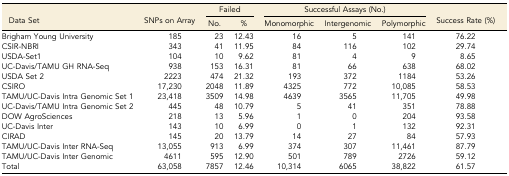
<table><thead><tr><td rowspan="2"><b>Data Set</b></td><td rowspan="2"><b>SNPs on Array</b></td><td colspan="2"><b>Failed</b></td><td colspan="3"><b>Successful Assays (No.)</b></td><td rowspan="2"><b>Success Rate (%)</b></td></tr><tr><td><b>No.</b></td><td><b>%</b></td><td><b>Monomorphic</b></td><td><b>Intergenomic</b></td><td><b>Polymorphic</b></td></tr></thead><tbody><tr><td>Brigham Young University</td><td>185</td><td>23</td><td>12.43</td><td>16</td><td>5</td><td>141</td><td>76.22</td></tr><tr><td>CSIR-NBRI</td><td>343</td><td>41</td><td>11.95</td><td>84</td><td>116</td><td>102</td><td>29.74</td></tr><tr><td>USDA-Set1</td><td>104</td><td>10</td><td>9.62</td><td>81</td><td>4</td><td>9</td><td>8.65</td></tr><tr><td>UC-Davis/TAMU GH RNA-Seq</td><td>938</td><td>153</td><td>16.31</td><td>81</td><td>66</td><td>638</td><td>68.02</td></tr><tr><td>USDA Set 2</td><td>2223</td><td>474</td><td>21.32</td><td>193</td><td>372</td><td>1184</td><td>53.26</td></tr><tr><td>CSIRO</td><td>17,230</td><td>2048</td><td>11.89</td><td>4325</td><td>772</td><td>10,085</td><td>58.53</td></tr><tr><td>TAMU/UC-Davis Intra Genomic Set 1</td><td>23,418</td><td>3509</td><td>14.98</td><td>4639</td><td>3565</td><td>11,705</td><td>49.98</td></tr><tr><td>UC-Davis/TAMU Intra Genomic Set 2</td><td>445</td><td>48</td><td>10.79</td><td>5</td><td>41</td><td>351</td><td>78.88</td></tr><tr><td>DOW AgroSciences</td><td>218</td><td>13</td><td>5.96</td><td>1</td><td>0</td><td>204</td><td>93.58</td></tr><tr><td>UC-Davis Inter</td><td>143</td><td>10</td><td>6.99</td><td>0</td><td>1</td><td>132</td><td>92.31</td></tr><tr><td>CIRAD</td><td>145</td><td>20</td><td>13.79</td><td>14</td><td>27</td><td>84</td><td>57.93</td></tr><tr><td>TAMU/UC-Davis Inter RNA-Seq</td><td>13,055</td><td>913</td><td>6.99</td><td>374</td><td>307</td><td>11,461</td><td>87.79</td></tr><tr><td>TAMU/UC-Davis Inter Genomic</td><td>4611</td><td>595</td><td>12.90</td><td>501</td><td>789</td><td>2726</td><td>59.12</td></tr><tr><td>Total</td><td>63,058</td><td>7857</td><td>12.46</td><td>10,314</td><td>6065</td><td>38,822</td><td>61.57</td></tr></tbody></table>